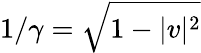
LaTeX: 1/\gamma=\sqrt{1-|v|^{2}}